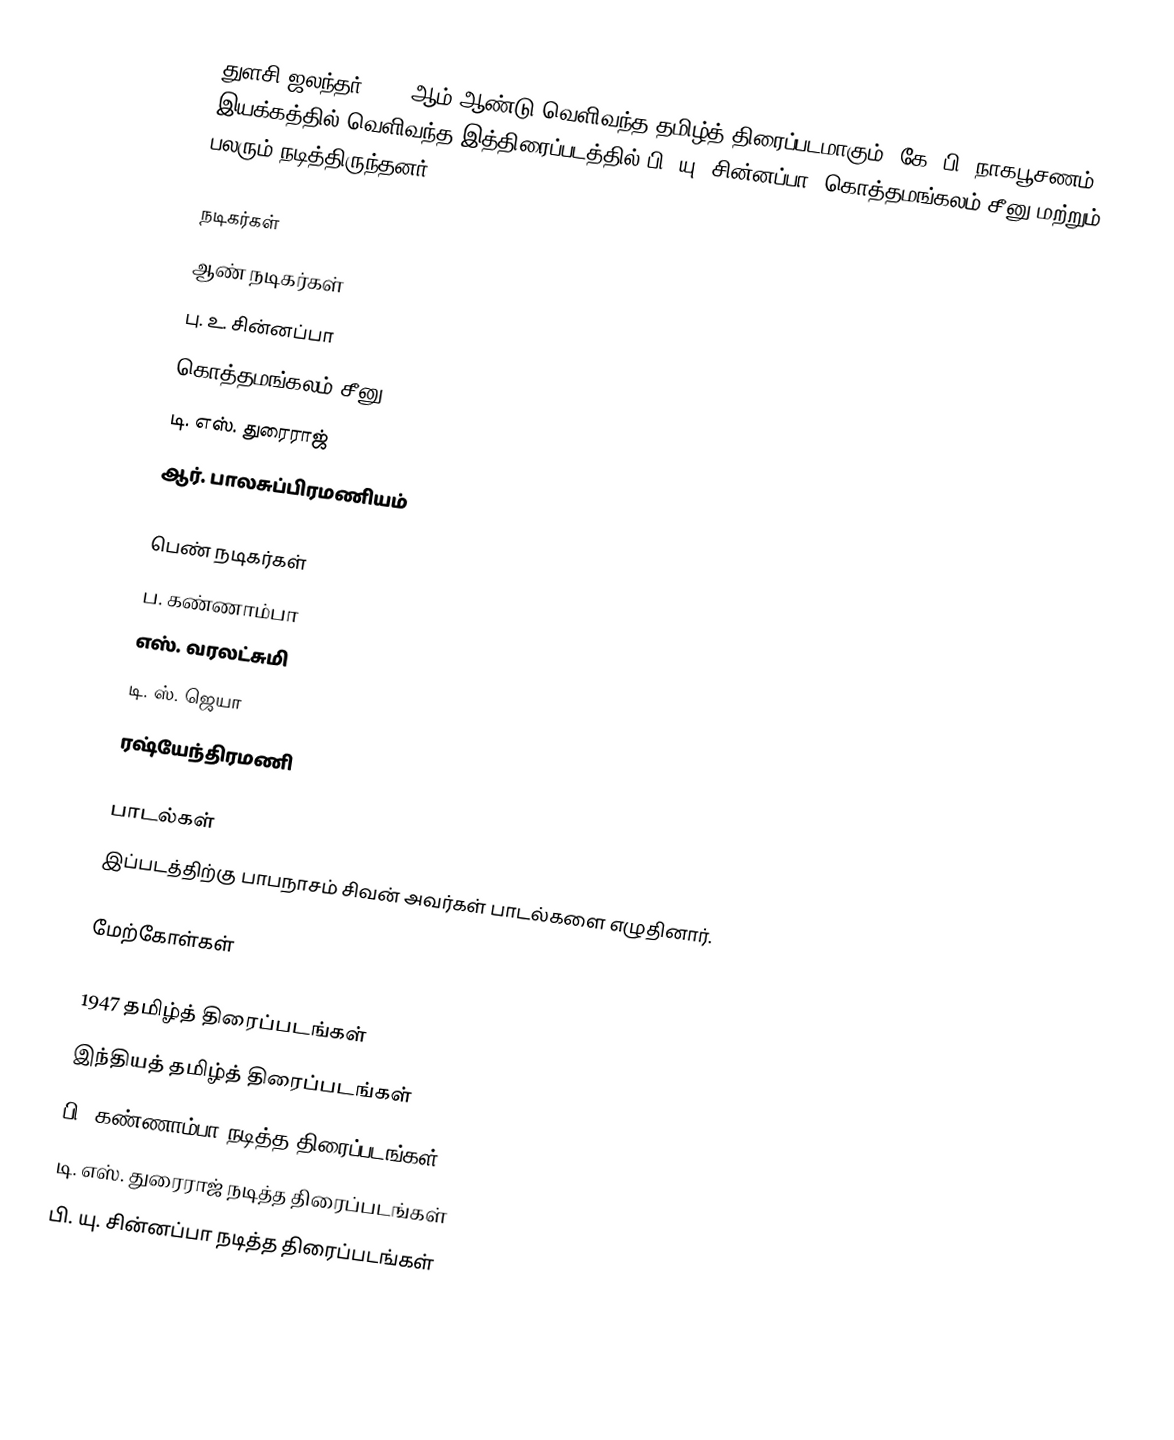
துளசி ஜலந்தர் 1947 ஆம் ஆண்டு வெளிவந்த தமிழ்த் திரைப்படமாகும். கே. பி. நாகபூசணம் இயக்கத்தில் வெளிவந்த இத்திரைப்படத்தில் பி. யு. சின்னப்பா, கொத்தமங்கலம் சீனு மற்றும் பலரும் நடித்திருந்தனர்.

நடிகர்கள்
ஆண் நடிகர்கள்
பு. உ. சின்னப்பா
கொத்தமங்கலம் சீனு
டி. எஸ். துரைராஜ்
ஆர். பாலசுப்பிரமணியம்

பெண் நடிகர்கள்
ப. கண்ணாம்பா
எஸ். வரலட்சுமி
 டி. ஸ். ஜெயா
 ரஷ்யேந்திரமணி

பாடல்கள்
இப்படத்திற்கு பாபநாசம் சிவன் அவர்கள் பாடல்களை எழுதினார்.

மேற்கோள்கள்

1947 தமிழ்த் திரைப்படங்கள்
இந்தியத் தமிழ்த் திரைப்படங்கள்
பி. கண்ணாம்பா நடித்த திரைப்படங்கள்
டி. எஸ். துரைராஜ் நடித்த திரைப்படங்கள்
பி. யு. சின்னப்பா நடித்த திரைப்படங்கள்